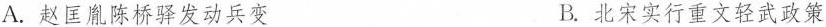
A.赵匡胤陈桥驿发动兵变 B.北宋实行重文轻武政策